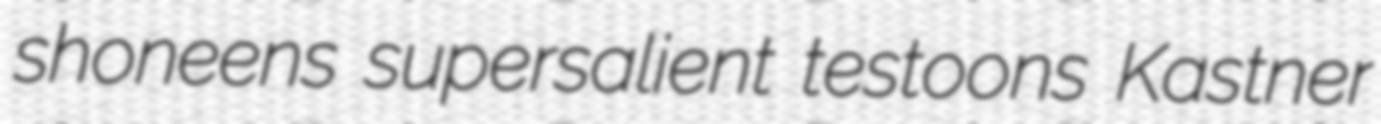
shoneens supersalient testoons Kastner